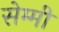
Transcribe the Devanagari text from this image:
सेम्मी